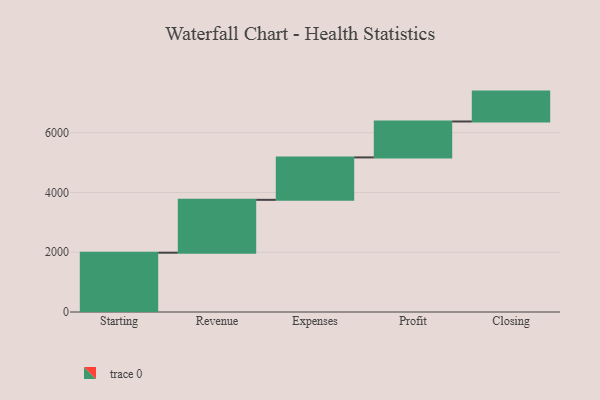
{"axis": {"x": "Step", "y": "Value"}, "legend": [""], "data": [{"x": "Starting", "y": 1984.0, "type": ""}, {"x": "Revenue", "y": 1769.0, "type": ""}, {"x": "Expenses", "y": 1420.0, "type": ""}, {"x": "Profit", "y": 1202.0, "type": ""}, {"x": "Closing", "y": 1000, "type": ""}]}